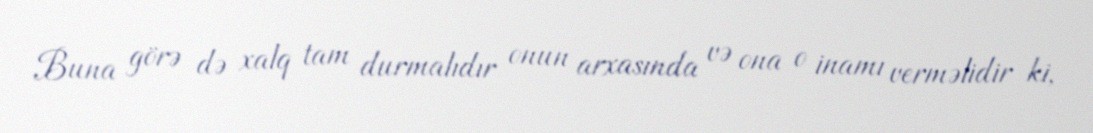
Buna görə də xalq tam durmalıdır onun arxasında və ona o inamı verməlidir ki,